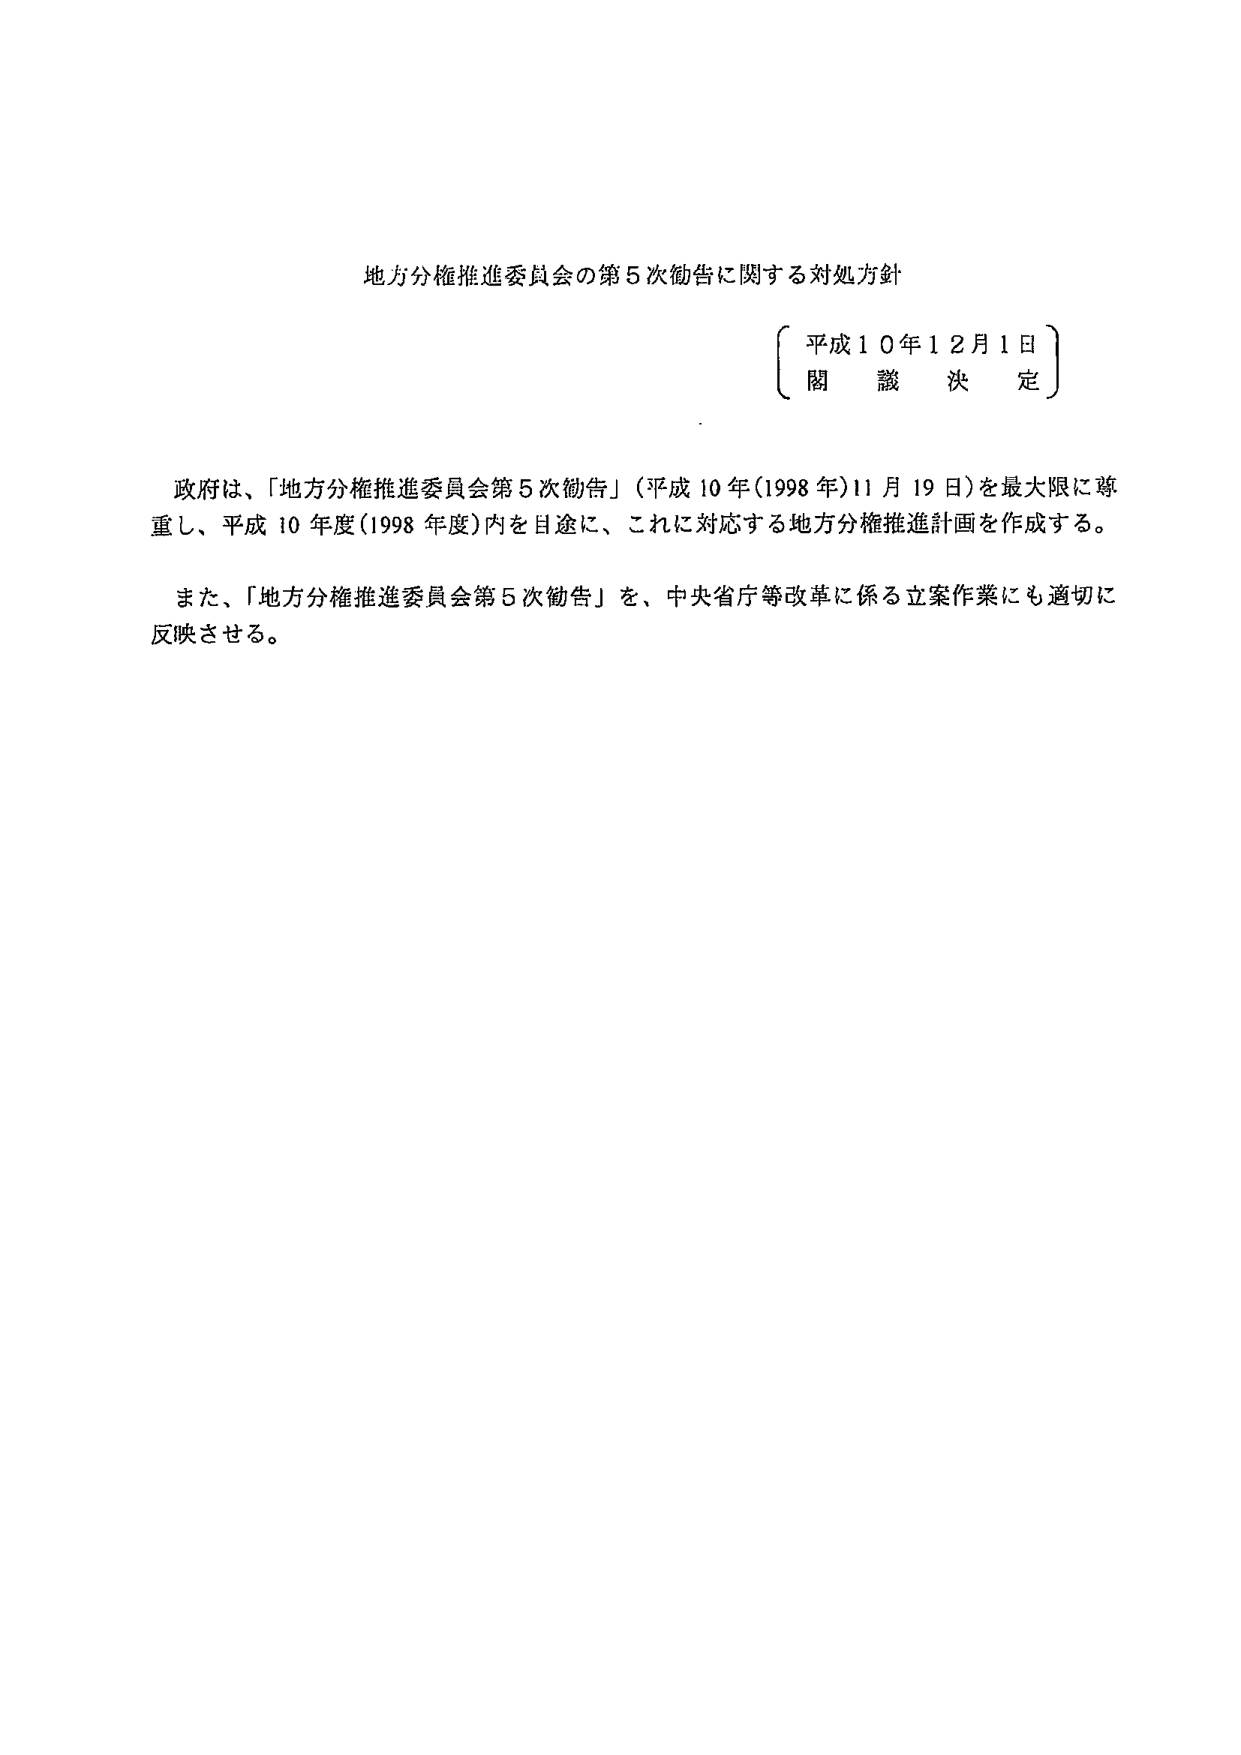
地方分権推進委員会の第5次勧告に関する対処方針

平成10年12月1日
閣議決定

政府は、「地方分権推進委員会第5次勧告」（平成10年（1998年）11月19日）を最大限に尊重し、平成10年度（1998年度）内を目途に、これに対応する地方分権推進計画を作成する。

また、「地方分権推進委員会第5次勧告」を、中央省庁等改革に係る立案作業にも適切に反映させる。